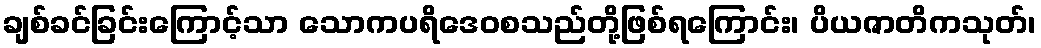
ချစ်ခင်ခြင်းကြောင့်သာ သောကပရိဒေဝစသည်တို့ဖြစ်ရကြောင်း၊ ပိယဇာတိကသုတ်၊